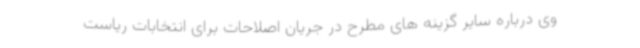
وی درباره سایر گزینه های مطرح در جریان اصلاحات برای انتخابات ریاست